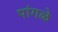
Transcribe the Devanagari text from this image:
पांगळे